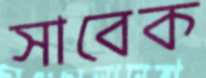
সাবেক